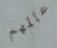
عالمهم